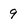
Character: 9